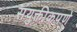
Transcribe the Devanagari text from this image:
संयुक्तीकपणे